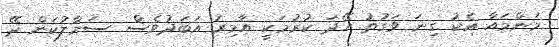
މަންމައާ އެކު ގިނަ ވަގުތު ހޭދަ ކުރުމަކީ އާމިރު އަބަދުވެސް ސަމާލުކަން ދޭ